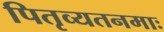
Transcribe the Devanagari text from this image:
पितृव्यतनमाः